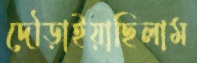
দৌড়াইয়াছিলাম